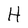
Character: H